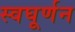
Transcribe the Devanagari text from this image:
स्वघूर्णन